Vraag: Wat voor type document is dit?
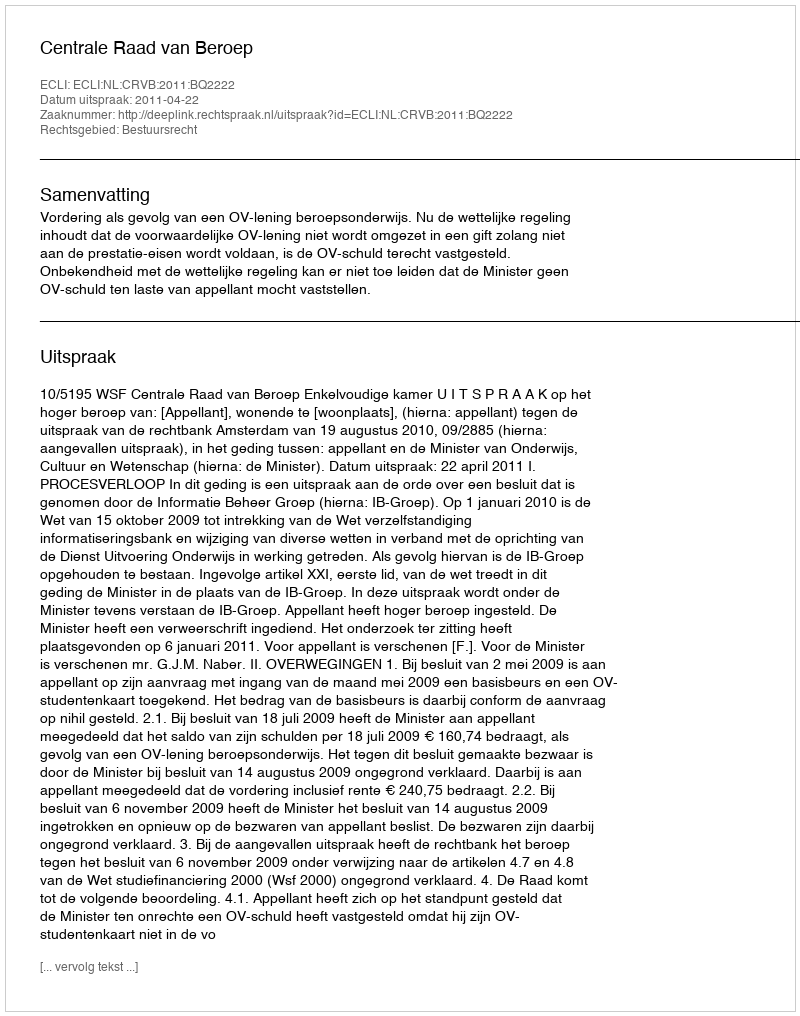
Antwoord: Uitspraak